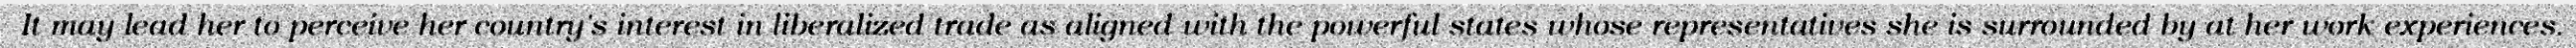
It may lead her to perceive her country's interest in liberalized trade as aligned with the powerful states whose representatives she is surrounded by at her work experiences.